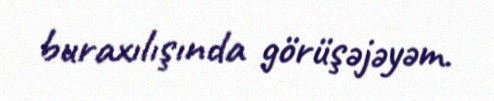
buraxılışında görüşəjəyəm.